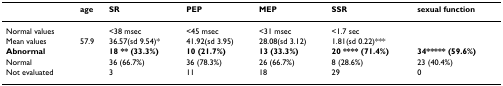
<table><thead><tr><td></td><td><b>age</b></td><td><b>SR</b></td><td><b>PEP</b></td><td><b>MEP</b></td><td><b>SSR</b></td><td><b>sexual function</b></td></tr></thead><tbody><tr><td>Normal values</td><td></td><td>&lt;38 msec</td><td>&lt;45 msec</td><td>&lt;31 msec</td><td>&lt;1.7 sec</td><td></td></tr><tr><td>Mean values</td><td>57.9</td><td>36.57(sd 9.54)*</td><td>41.92(sd 3.95)</td><td>28.08(sd 3.12)</td><td>1.81(sd 0.22)***</td><td></td></tr><tr><td><b>Abnormal</b></td><td></td><td><b>18 ** (33.3%)</b></td><td><b>10 (21.7%)</b></td><td><b>13 (33.3%)</b></td><td><b>20 **** (71.4%)</b></td><td><b>34***** (59.6%)</b></td></tr><tr><td>Normal</td><td></td><td>36 (66.7%)</td><td>36 (78.3%)</td><td>26 (66.7%)</td><td>8 (28.6%)</td><td>23 (40.4%)</td></tr><tr><td>Not evaluated</td><td></td><td>3</td><td>11</td><td>18</td><td>29</td><td>0</td></tr></tbody></table>